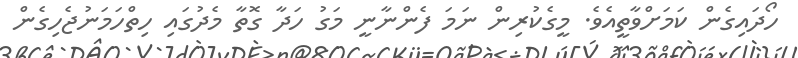
ހޯދައިގެން ކަމަށްވާތީއެވެ. މީގެކުރިން ނަމަ ފެންނާނީ މަގު ހަދާ ގޮތާ މެދުގައި ހިތްހަމަނުޖެހިގެން